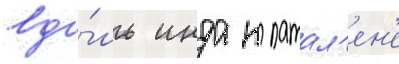
вдо́ль инда к патал'ен'е